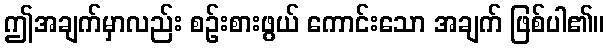
ဤအချက်မှာလည်း စဉ်းစားဖွယ် ကောင်းသော အချက် ဖြစ်ပါ၏။